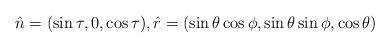
LaTeX: \begin{align*}\hat{n}=(\sin\tau,0,\cos\tau), \hat{r}=(\sin\theta\cos\phi ,\sin\theta\sin\phi,\cos\theta)\end{align*}